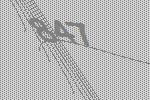
847